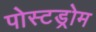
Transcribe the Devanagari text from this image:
पोस्टड्रोम